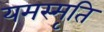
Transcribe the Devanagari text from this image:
यमस्मृति